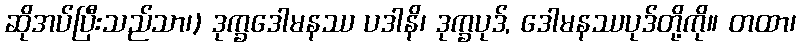
ဆိုအပ်ပြီးသည်သာ၊) ဒုက္ခဒေါမနဿ ပဒါနိ၊ ဒုက္ခပုဒ်, ဒေါမနဿပုဒ်တို့ကို။ တထာ၊